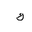
Letter: _kaf